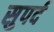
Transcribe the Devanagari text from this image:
सुपर्द